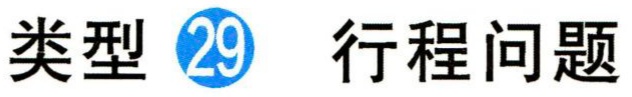
类型 \textcircled{29} 行程问题